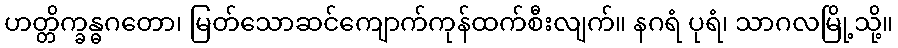
ဟတ္တိက္ခန္ဓဂတော၊ မြတ်သောဆင်ကျောက်ကုန်ထက်စီးလျက်။ နဂရံ ပုရံ၊ သာဂလမြို့သို့။